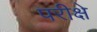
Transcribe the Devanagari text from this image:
परीक्षे